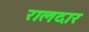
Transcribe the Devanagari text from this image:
रालदार